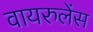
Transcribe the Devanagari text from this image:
वायरुलेंस